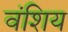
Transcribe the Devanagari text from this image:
वंशिय